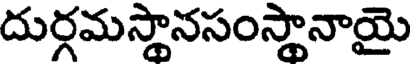
దుర్గమస్థానసంస్థానాయై